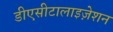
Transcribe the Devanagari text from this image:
डीएसीटालाइज़ेशन